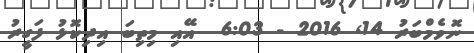
ނޮވެމްބަރު 14